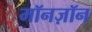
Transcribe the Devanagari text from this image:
मॉनज़ॉन